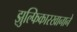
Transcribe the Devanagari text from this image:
झुल्फिकारखानाने